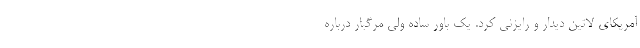
آمریکای لاتین دیدار و رایزنی کرد. یک باور ساده ولی مرگبار درباره